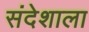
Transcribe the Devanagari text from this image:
संदेशाला